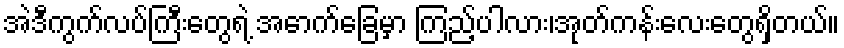
အဲဒီကွက်လပ်ကြီးတွေရဲ့ အောက်ခြေမှာ ကြည့်ပါလား၊အုတ်ကန်းလေးတွေရှိတယ်။